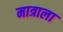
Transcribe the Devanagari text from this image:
मात्राला